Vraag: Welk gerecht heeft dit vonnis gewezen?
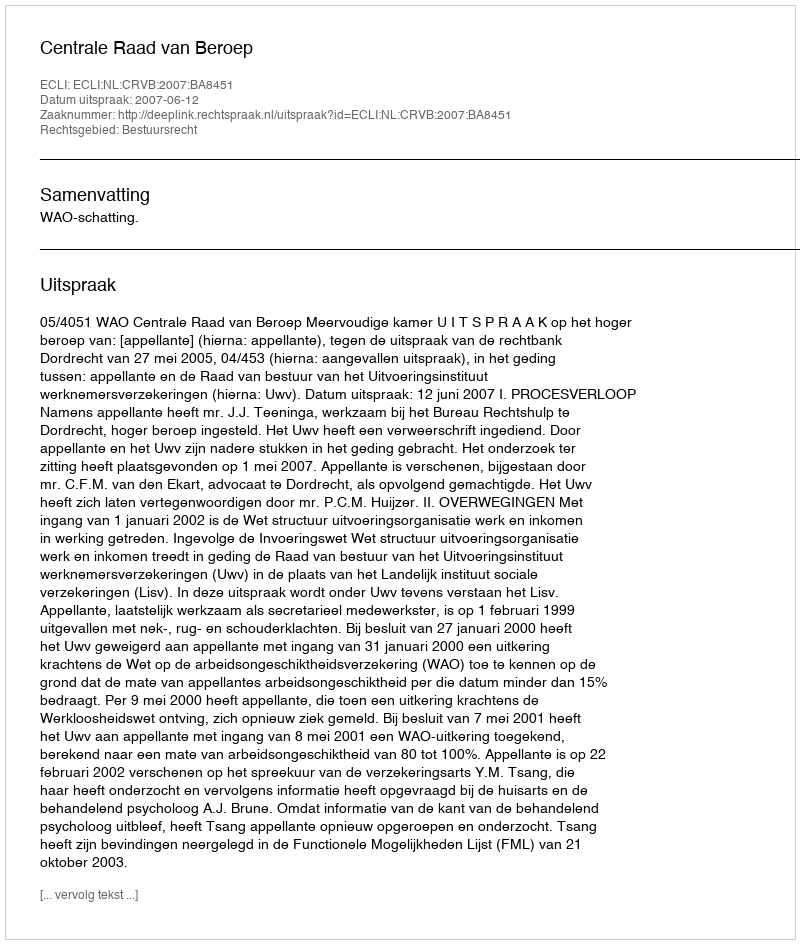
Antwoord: Centrale Raad van Beroep